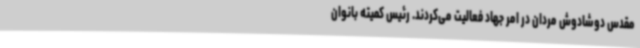
مقدس دوشادوش مردان در امر جهاد فعالیت می‌کردند. رئیس کمیته بانوان